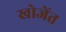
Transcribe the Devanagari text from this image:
खोजेंत